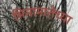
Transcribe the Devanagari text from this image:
भिमामातेच्या